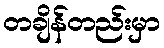
တချိန်တည်းမှာ